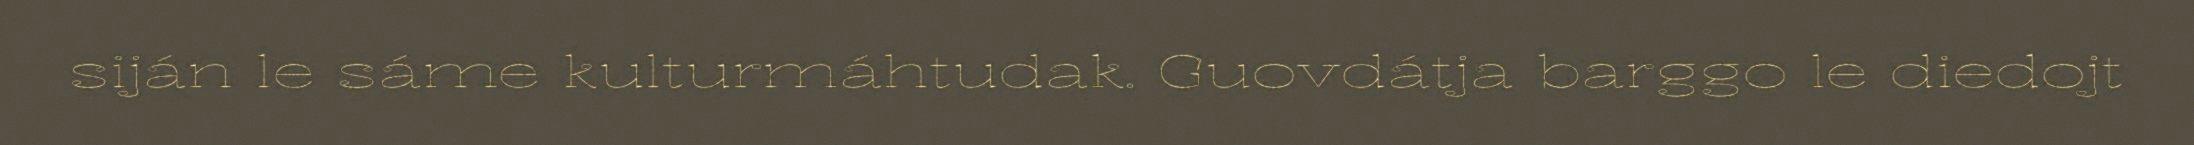
siján le sáme kulturmáhtudak. Guovdátja barggo le diedojt